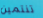
تنتمين